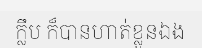
ក្លឹប ក៏បានហាត់ខ្លួនឯង